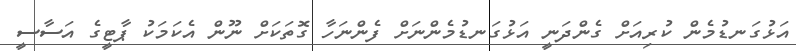
އަޅުގަނޑުމެން ކުރިއަށް ގެންދަނީ އަޅުގަނޑުމެންނަށް ފެންނަހާ ގޮތަކަށް ނޫން އެކަމަކު ޕާޓީގެ އަސާސީ